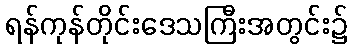
ရန်ကုန်တိုင်းဒေသကြီးအတွင်း၌